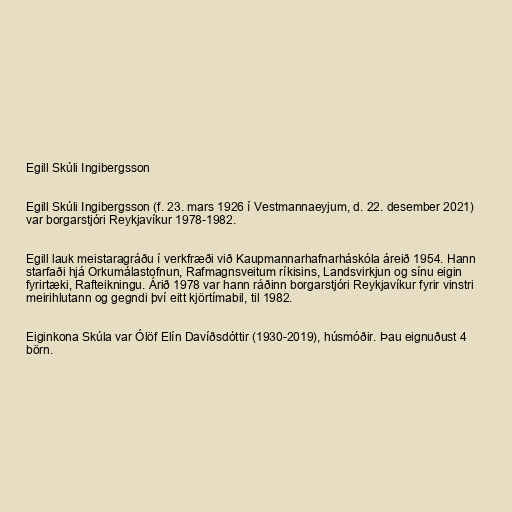
Egill Skúli Ingibergsson

Egill Skúli Ingibergsson (f. 23. mars 1926 í Vestmannaeyjum, d. 22. desember 2021)
var borgarstjóri Reykjavíkur 1978-1982.

Egill lauk meistaragráðu í verkfræði við Kaupmannarhafnarháskóla áreið 1954. Hann
starfaði hjá Orkumálastofnun, Rafmagnsveitum ríkisins, Landsvirkjun og sínu eigin
fyrirtæki, Rafteikningu. Árið 1978 var hann ráðinn borgarstjóri Reykjavíkur fyrir vinstri
meirihlutann og gegndi því eitt kjörtímabil, til 1982.

Eiginkona Skúla var Ólöf Elín Davíðsdóttir (1930-2019), húsmóðir. Þau eignuðust 4
börn.